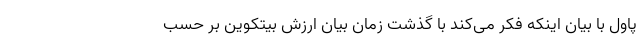
پاول با بیان اینکه فکر می‌کند با گذشت زمان بیان ارزش بیتکوین بر حسب